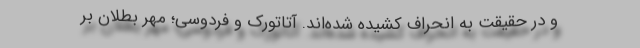
و در حقیقت به انحراف کشیده شده‌اند. آتاتورک و فردوسی؛ مُهر بطلان بر